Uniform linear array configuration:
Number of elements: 16
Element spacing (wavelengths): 0.5
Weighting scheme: binomial
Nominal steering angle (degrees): -60
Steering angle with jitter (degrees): -61.771
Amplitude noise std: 0.05
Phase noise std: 0.05

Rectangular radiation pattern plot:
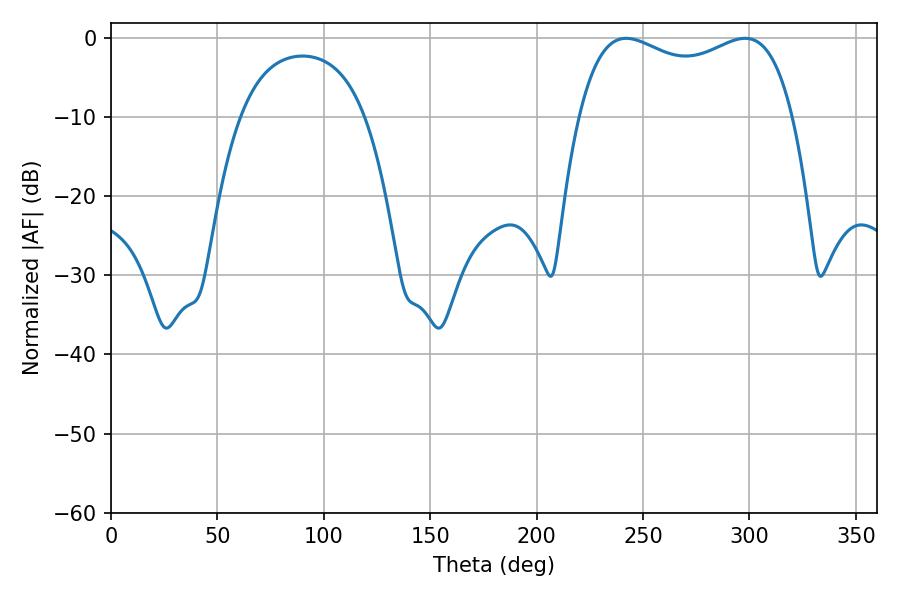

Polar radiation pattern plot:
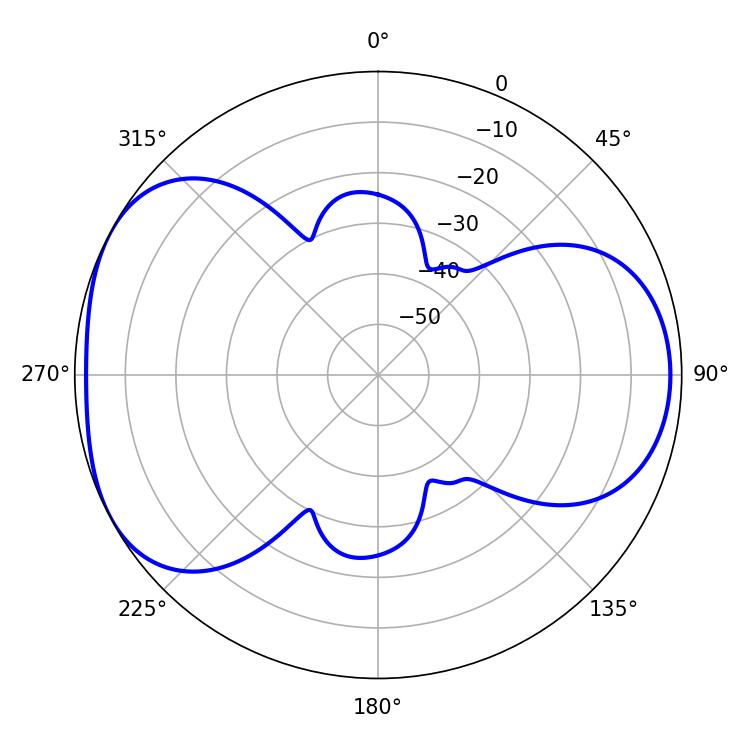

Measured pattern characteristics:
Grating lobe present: FALSE
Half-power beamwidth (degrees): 82.8
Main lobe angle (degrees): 297.9